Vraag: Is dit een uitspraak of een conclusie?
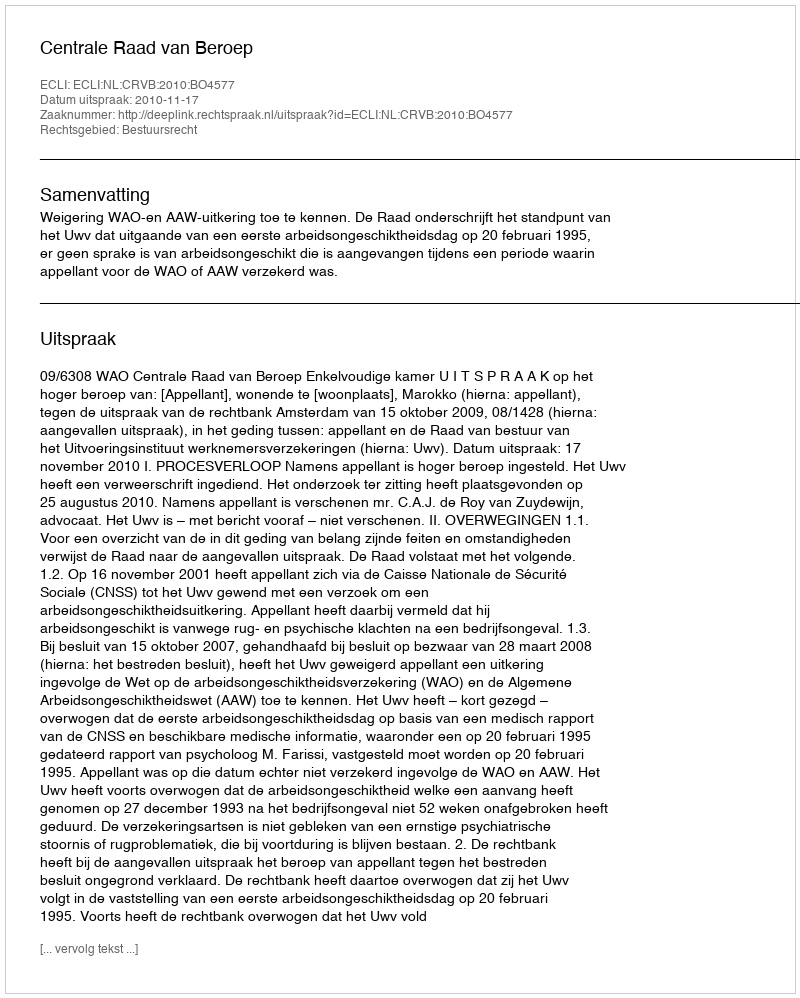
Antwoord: Uitspraak